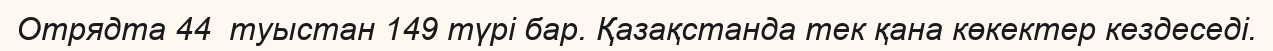
Отрядта 44  туыстан 149 түрі бар. Қазақстанда тек қана көкектер кездеседі.